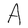
Character: A